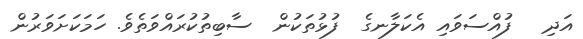
އަދި   ފުއްސަވައި އެކަލާނގެ  ފުޅުތަކުން  ސާބިތުކުރައްވަތެވެ. ހަމަކަށަވަރުން